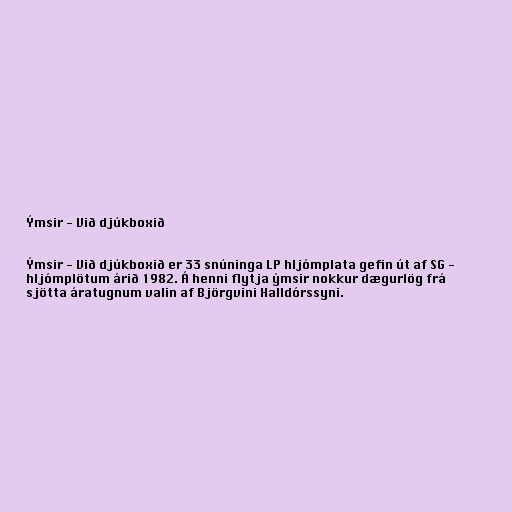
Ýmsir - Við djúkboxið

Ýmsir - Við djúkboxið er 33 snúninga LP hljómplata gefin út af SG -
hljómplötum árið 1982. Á henni flytja ýmsir nokkur dægurlög frá
sjötta áratugnum valin af Björgvini Halldórssyni.